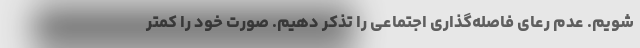
شویم. عدم رعای فاصله‌گذاری اجتماعی را تذکر دهیم. صورت خود را کمتر